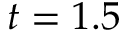
t = 1 . 5